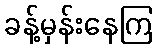
ခန့်မှန်းနေကြ